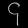
Digit: ၄